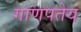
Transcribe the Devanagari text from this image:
गाणपतेय